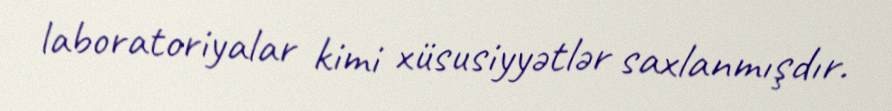
laboratoriyalar kimi xüsusiyyətlər saxlanmışdır.